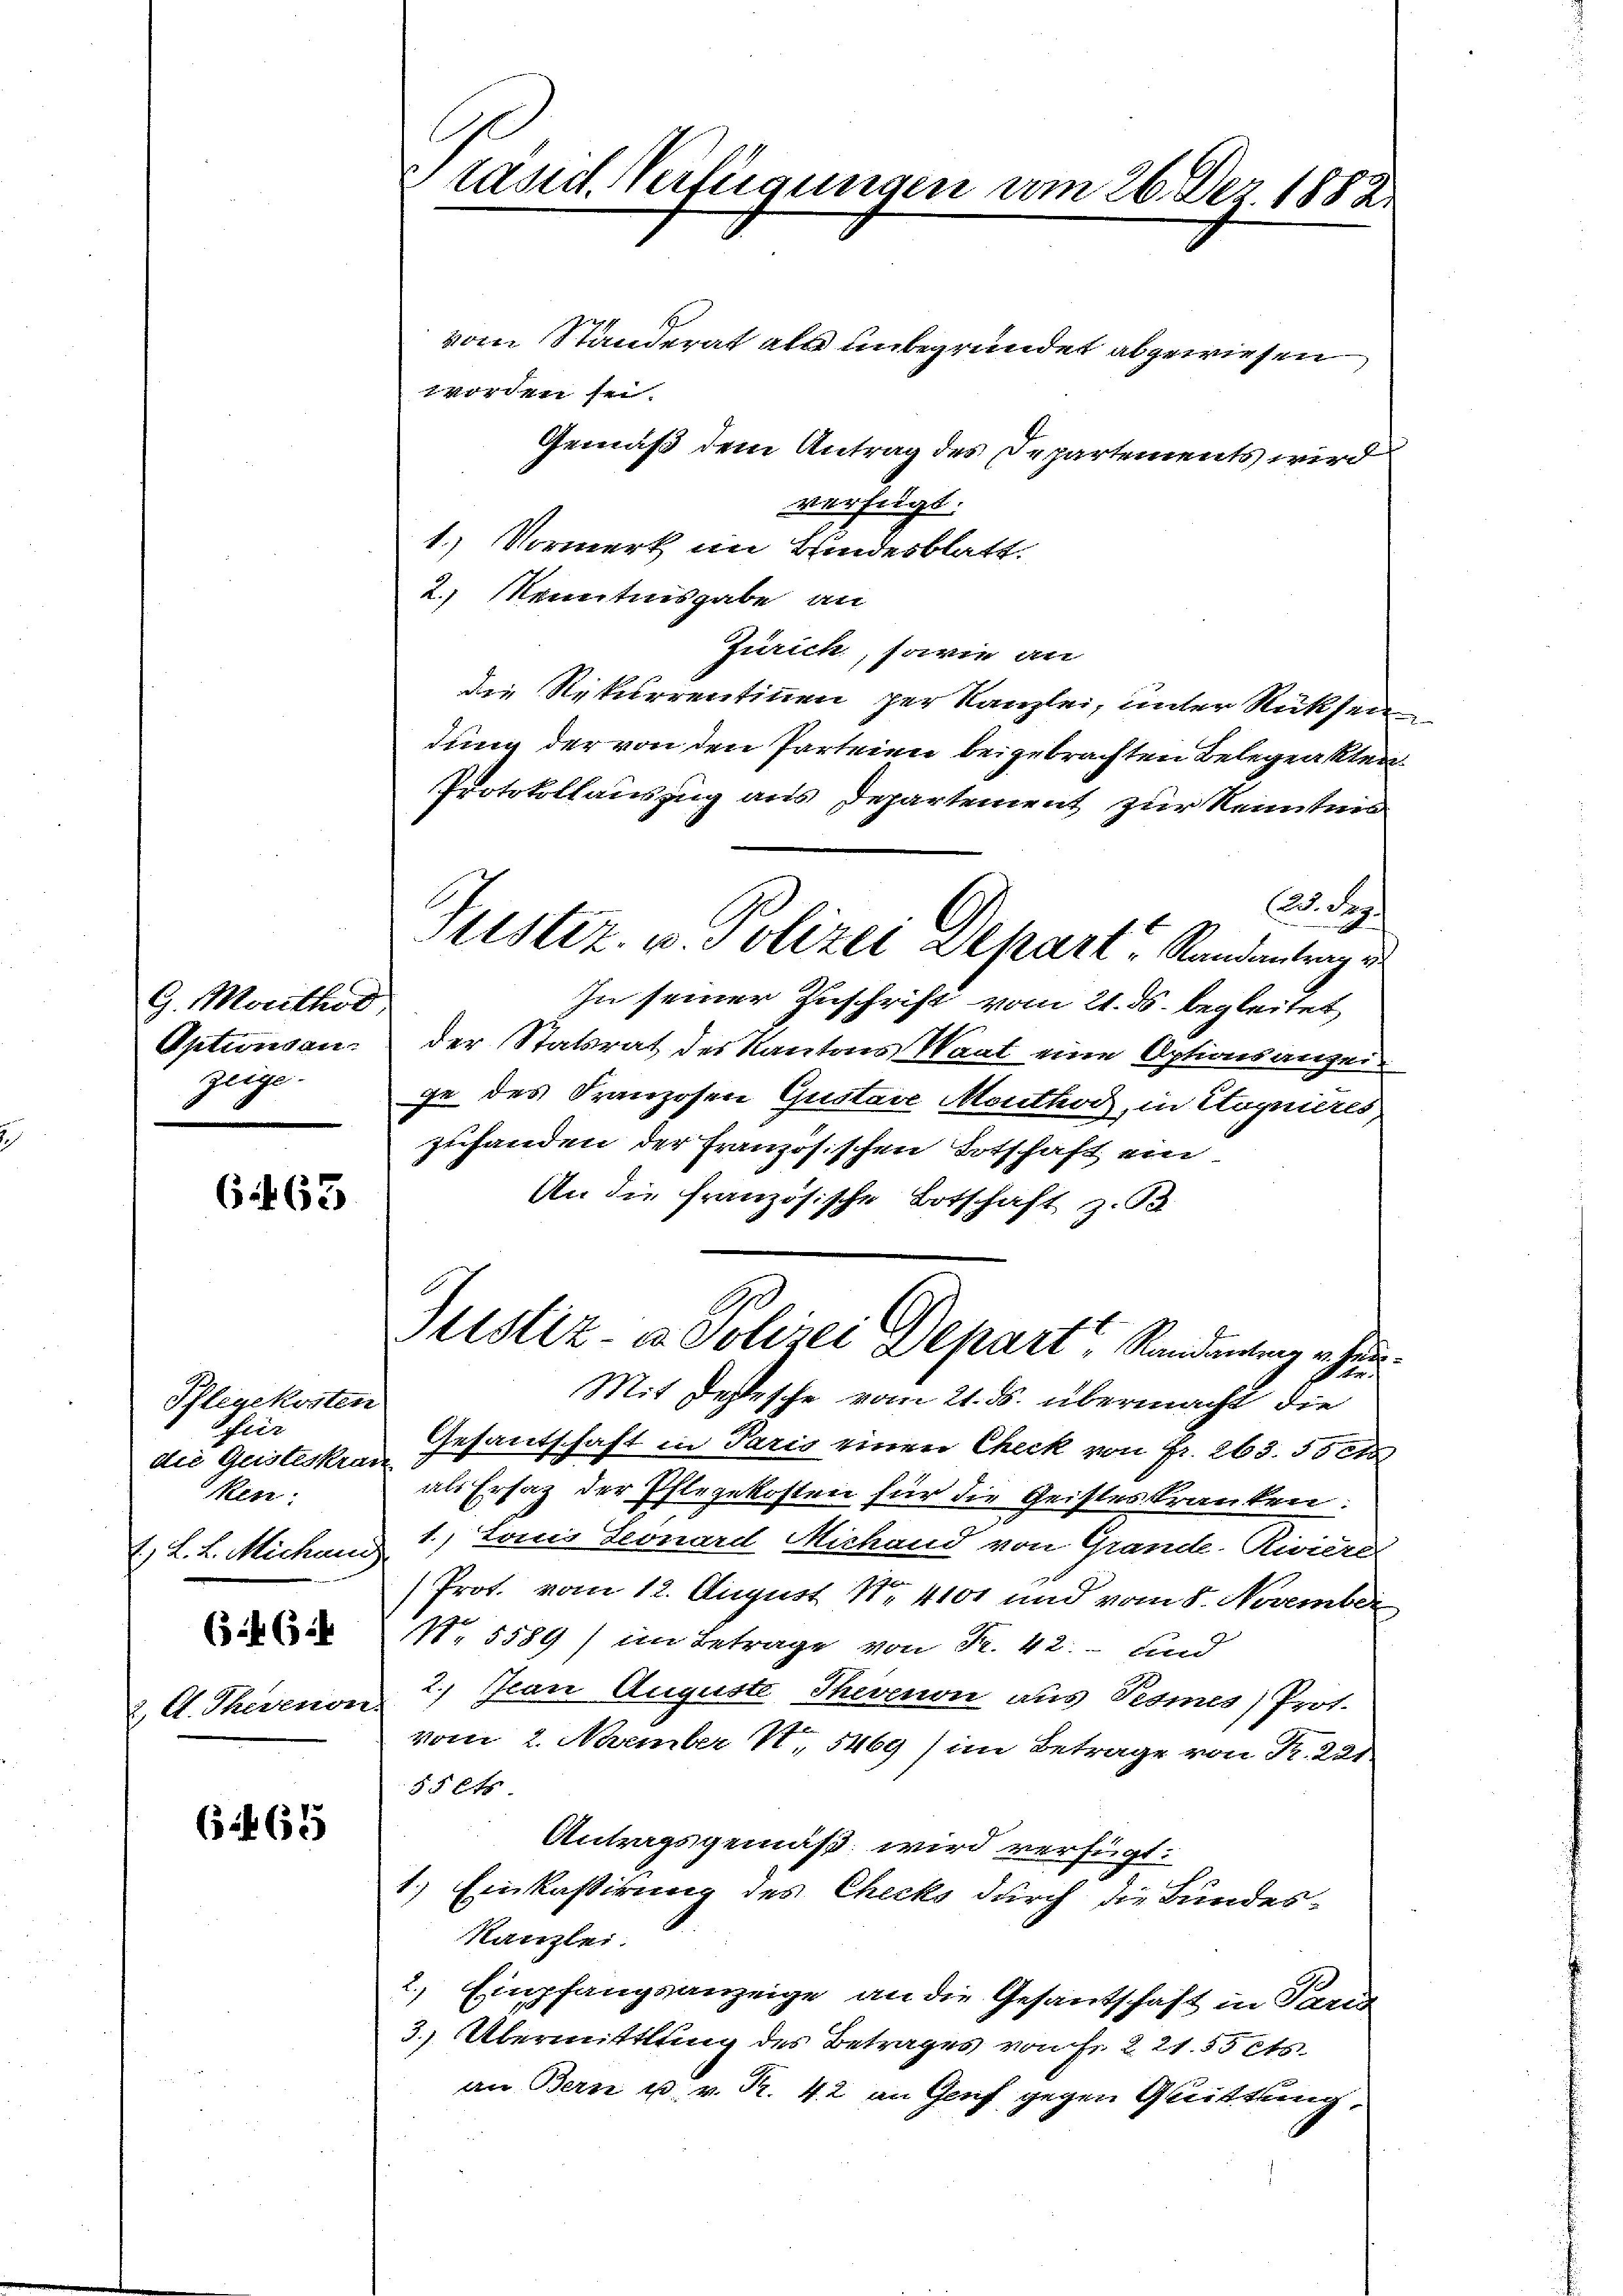
G. Morthod
Aptionsanzeige.

6465

Pflegekosten
Ehler
die Geisteskran
ken.
L. L. Micham
(32 (12
2. st. Therenon.

63 ff. 655

rasid. Verfügungen vom 26. Der 1882.

vom Standerat als unbegründet abgewiesen
zapfen sei.
Gemäß dem Antrag des Departements wird
verfügt.
1.) Vormerk im Bundesblatt.
2.) Kenntnisgabe an
Zurick, sowie an
die Rekurrentinen per Kanzlei, unter Rücksen
dung der von den Parteien beigebrachten Belegeakten
Protokollauszug aus Departement zur Kenntnis
2. Pag.
Tustiz. v. Polizei Departe Randantrag u.
In seiner Zuschrift vom 21. ds. begleitet
der Statsrat der Kantons Saat eine Optionsanzeige des Franzosen Gustare Monthor, in Kognieres
zuhanden der französischen Totschaft ein
An die französische Botschaft z. B.

Justiz- u. Polizei Depart Rinderung u. her

Mit destesche vom 21. ds. übermacht die
Gesantschaft in Pario einen Check von Fr. 263. 55 ct
als Ersag der Pflegekosten für die Geisteskranken.
1., Ton Leonard Michand von Grande Riviere
Prot. vom 12. August Nr. 4101 und vom 5. November
. 5589) im Betrage von Fr. 42. und
2) Kan Auguste Thevinon aus Tesmes Prot.
vom 2. Nember II., 5469 (im Betrage von Fr. 221
55 et
Antragsgemäß wird verfügt:
1.) Einkassirung des Checks durch die Bundes-
Kanzlei.
4
Einpfangsanzeige, an die Gesantschaft in Paris
3.) Übermittlung des Betrages von Fr. 221. 55 cts.
an Bern u. v. R. 42 an Genf gegen Quittung.